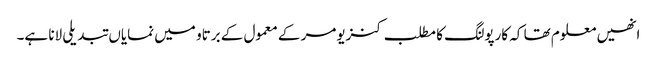
انھیں معلوم تھا کہ کارپولنگ کا مطلب کنزیومر کے معمول کے برتاو میں نمایاں تبدیلی لانا ہے۔